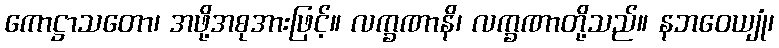
ကောဋ္ဌာသတော၊ အဖို့အစုအားဖြင့်။ လက္ခဏာနိ၊ လက္ခဏာတို့သည်။ နဘဝေယျုံ၊